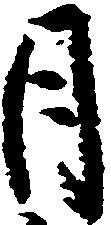
月